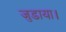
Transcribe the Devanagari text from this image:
जुडाया।